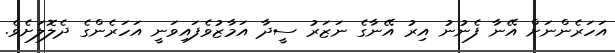
އަހަރެންނަށް އޭނާ ފެނުނު އިރު އޭނާގެ ނަޒަރު ސީދާ އަމާޒުވެފައިވަނީ އަހަރެންގެ ދެލޮލަށެވެ.